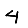
Digit: 4